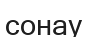
сонау